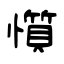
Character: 懫